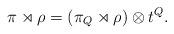
LaTeX: \begin{align*}\pi \rtimes \rho = (\pi_Q \rtimes \rho ) \otimes t^Q .\end{align*}